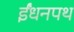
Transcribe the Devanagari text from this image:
ईंधनपथ